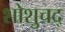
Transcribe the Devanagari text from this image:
शोशुचद्